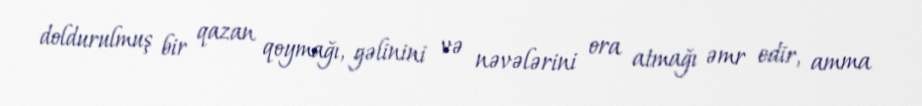
doldurulmuş bir qazan qoymağı, gəlinini və nəvələrini ora atmağı əmr edir, amma